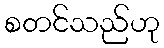
စတင်သည်ဟု